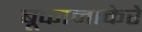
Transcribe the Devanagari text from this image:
बूकानाकेरे